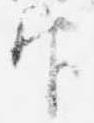
官